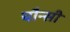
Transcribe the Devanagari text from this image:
चौन्सी